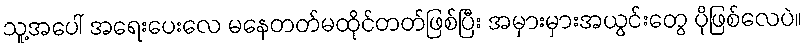
သူ့အပေါ် အရေးပေးလေ မနေတတ်မထိုင်တတ်ဖြစ်ပြီး အမှားမှားအယွင်းတွေ ပိုဖြစ်လေပဲ။